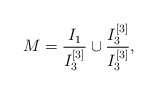
\begin{align*}M = \frac{I_1}{I_3^{[3]}} \cup \frac{I_3^{[3]}}{I_3^{[3]}},\end{align*}